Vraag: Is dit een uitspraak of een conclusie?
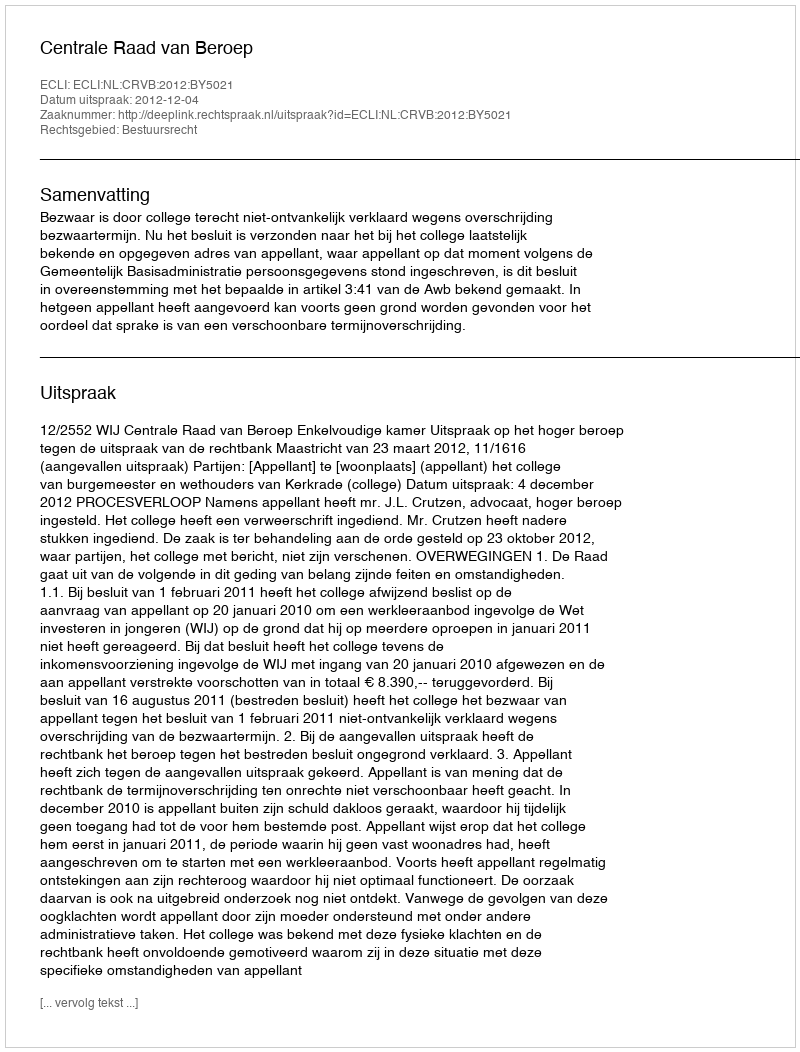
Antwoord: Uitspraak